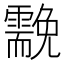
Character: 𩆊